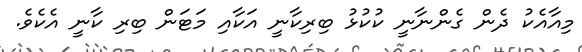
މިއާއެކު ދެން ގެންނާނީ ކުކުޅު ބިރިކާނީ އަކާއި މަޓަން ބިރި ކާނީ އެކެވެ.